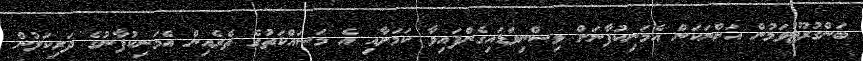
ބަންގުރޫޓުވަމުން އަންނަކަން އެމަނިކުފާނަށް ވިސްނިވަޑައިގެންފައިވާ ކަމަށާއި އެ މަސައްކަތުގެ ތެރެއިން އެމަނިކުފާނުގެ ދަރިކަލުން